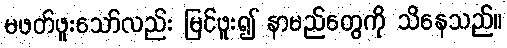
မဖတ်ဖူးသော်လည်း မြင်ဖူး၍ နာမည်တွေကို သိနေသည်။